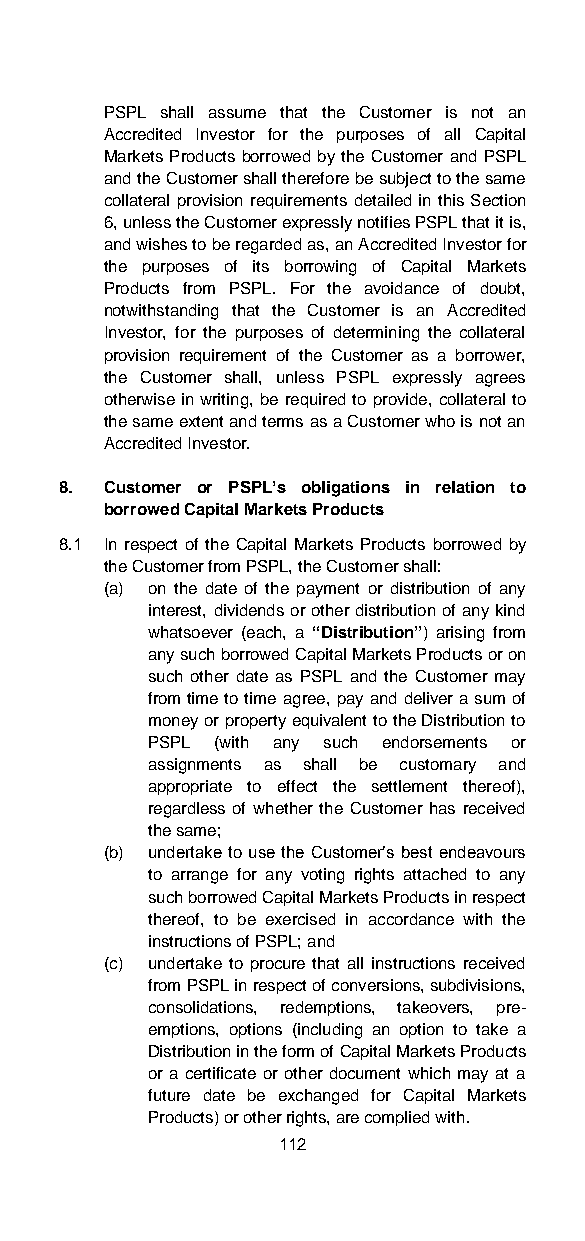
PSPL shall assume that the Customer is not an
 Accredited Investor for the purposes of all Capital
 Markets Products borrowed by the Customer and PSPL
 and the Customer shall therefore be subject to the same
 collateral provision requirements detailed in this Section
 6, unless the Customer expressly notifies PSPL that it is,
 and wishes to be regarded as, an Accredited Investor for
 the purposes of its borrowing of Capital Markets
 Products from PSPL. For the avoidance of doubt,
 notwithstanding that the Customer is an Accredited
 Investor, for the purposes of determining the collateral
 provision requirement of the Customer as a borrower,
 the Customer shall, unless PSPL expressly agrees
 otherwise in writing, be required to provide, collateral to
 the same extent and terms as a Customer who is not an
 Accredited Investor.
 8. Customer or PSPL’s obligations in relation to
 borrowed Capital Markets Products
 8.1 In respect of the Capital Markets Products borrowed by
 the Customer from PSPL, the Customer shall:
 (a) on the date of the payment or distribution of any
 interest, dividends or other distribution of any kind
 whatsoever (each, a “Distribution”) arising from
 any such borrowed Capital Markets Products or on
 such other date as PSPL and the Customer may
 from time to time agree, pay and deliver a sum of
 money or property equivalent to the Distribution to
 PSPL (with any such endorsements or
 assignments as shall be customary and
 appropriate to effect the settlement thereof),
 regardless of whether the Customer has received
 the same;
 (b) undertake to use the Customer’s best endeavours
 to arrange for any voting rights attached to any
 such borrowed Capital Markets Products in respect
 thereof, to be exercised in accordance with the
 instructions of PSPL; and
 (c) undertake to procure that all instructions received
 from PSPL in respect of conversions, subdivisions,
 consolidations, redemptions, takeovers, pre-
 emptions, options (including an option to take a
 Distribution in the form of Capital Markets Products
 or a certificate or other document which may at a
 future date be exchanged for Capital Markets
 Products) or other rights, are complied with.
 112